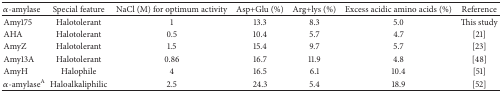
| α-amylase | Special feature | NaCl (M) for optimum activity | Asp+Glu (%) | Arg+lys (%) | Excess acidic amino acids (%) | Reference |
 | --- | --- | --- | --- | --- | --- | --- |
 | Amy175 | Halotolerant | 1 | 13.3 | 8.3 | 5.0 | This study |
 | AHA | Halotolerant | 0.5 | 10.4 | 5.7 | 4.7 | [21] |
 | AmyZ | Halotolerant | 1.5 | 15.4 | 9.7 | 5.7 | [23] |
 | Amy13A | Halotolerant | 0.86 | 16.7 | 11.9 | 4.8 | [48] |
 | AmyH | Halophile | 4 | 16.5 | 6.1 | 10.4 | [51] |
 | α-amylaseA | Haloalkaliphilic | 2.5 | 24.3 | 5.4 | 18.9 | [52] |